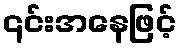
၎င်းအနေဖြင့်